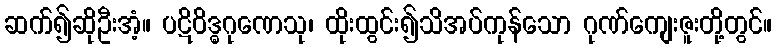
ဆက်၍ဆိုဦးအံ့။ ပဋိဝိဒ္ဓဂုဏေသု၊ ထိုးထွင်း၍သိအပ်ကုန်သော ဂုဏ်ကျေးဇူးတို့တွင်။